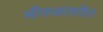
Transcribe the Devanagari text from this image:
श्रीफळासहित